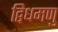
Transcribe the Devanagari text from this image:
द्विधमणु